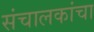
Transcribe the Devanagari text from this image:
संचालकांचा